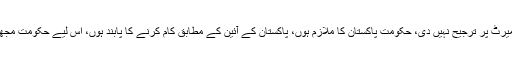
کلیم امام نے مزید کہا کہ میں نے کبھی ذاتیات کو میرٹ پر ترجیح نہیں دی، حکومت پاکستان کا ملازم ہوں، پاکستان کے آئین کے مطابق کام کرنے کا پابند ہوں، اس لیے حکومت مجھے جہاں تعینات کرے، مجھے کوئی اعتراض نہیں۔